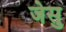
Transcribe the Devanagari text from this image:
जेसु